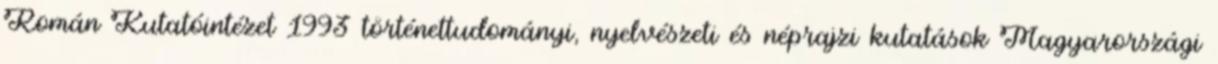
Román Kutatóintézet 1993 történettudományi, nyelvészeti és néprajzi kutatások Magyarországi